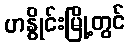
ဟနွိုင်းမြို့တွင်